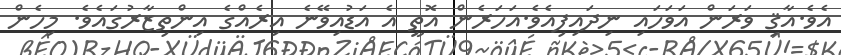
އެވެ.އާޤި ވަރަން އަވަހައި ނިދައިފިއެވެ.އަހަރެން އޮތީ އެ އަޑުއިވޭނެ އިރެއްގެ އިންތިޒާރުގައެވެ. މިހެން